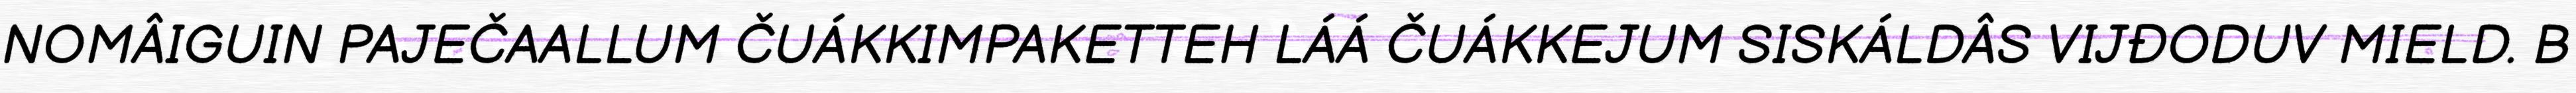
NOMÂIGUIN PAJEČAALLUM ČUÁKKIMPAKETTEH LÁÁ ČUÁKKEJUM SISKÁLDÂS VIJĐODUV MIELD. B